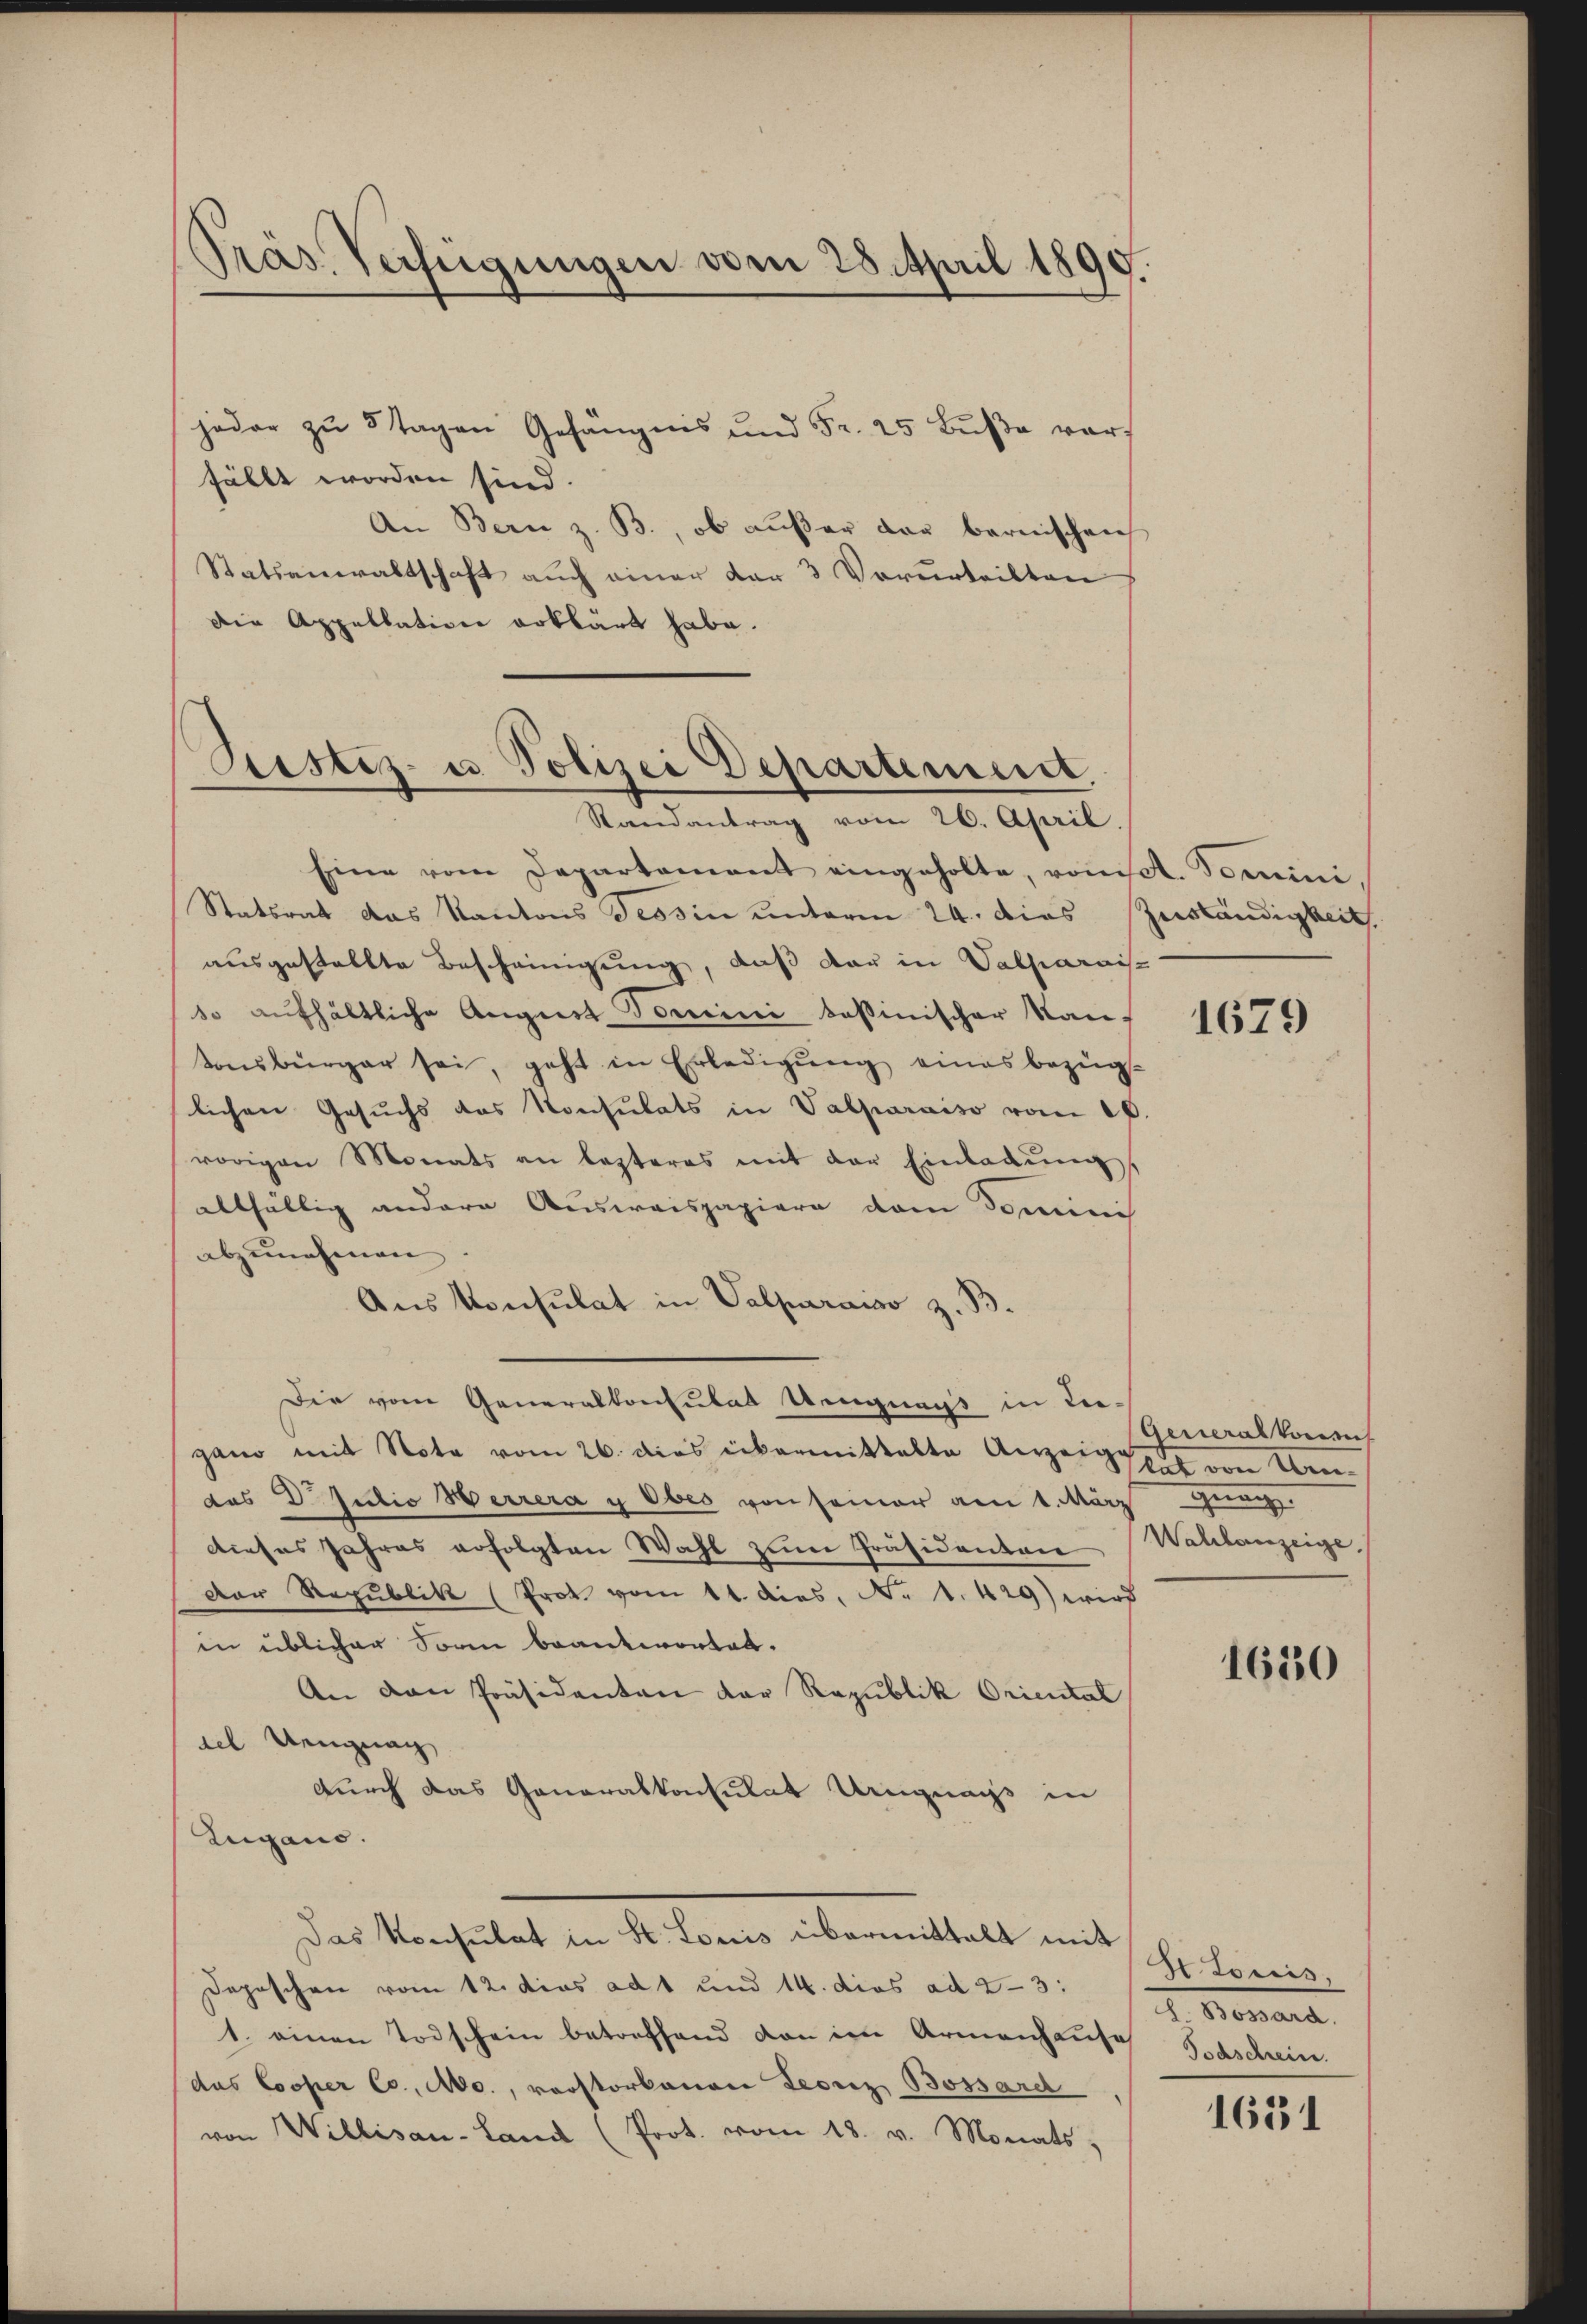
Präs. Verfügungen vom 28. April 1890.

jeder zu 5 Tagen Gefängnis und Fr. 25 Bŭβe vorfällt worden sind.
An Bern z. B., ob außer der bernischei
Statsanwaltschaft auch einer dar 3 Verurteilten
Die Appellation erklärt habe.

Justiz- u Polizei Departement,
Randantrag vom 26. April.

Eine vom Departement eingeholte, von ist. Domini
Statsrat das Kantons Tessin unterm 24. dies Zuständigkeit.
ausgestellte Bescheinigung, daß der in Valparais
so aufhältliche Angnet Tomini bassinischer Kantonsbürger sei, geht in Erledigŭng eines bezüg-
lichen Gesuchs das Konsulats in Valparaiso vom 10
vorigen Monats an lezteres mit der Einladŭng,
allfällig andere Ausweispapiere vom Dominis
abzunehmen
Aus Konsulat in Valparaiso z. B.
Die vom Generalkonsulat Ungnags in diegano mit Note vom 26. dies übermittelte Anzeigel von Kendas Dr. Julio Herrera y Ober von seiner am 1. März a.
dieses Jahres erfolgten Wahl zŭm Präsidenten Wahlanzeige,
Der Republik (Prot vom 11. dies, No. 1. 429) wird
in üblicher Sorm beantwortet.
An den Präsidenten der Republik Oriental
iel Neigung
durch das Generalkonsulat Uruguays in
Zugano.
Das Konsulat in St. Louis übermittalt mit Hr. Loris
Deposchen vom 12. dies ad 1 und 14. dies ad 2—3:
1. einen Todschein betreffend dan im Armenhauses Todschein.
(das Cooper Co., Mc., vorstorbenen Leonz Bossard
von Willisau-Land (Prot. vom 18. v. Monats,

1679

Generalkonse

1620

I. Bemand

1631